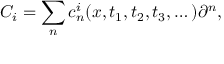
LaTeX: C _ { i } = \sum _ { n } c _ { n } ^ { i } ( x , t _ { 1 } , t _ { 2 } , t _ { 3 } , \dots ) \partial ^ { n } ,